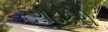
ગડકરી